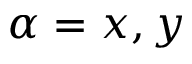
\alpha = x , y